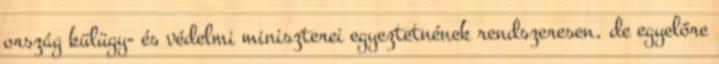
ország külügy- és védelmi miniszterei egyeztetnének rendszeresen, de egyelőre